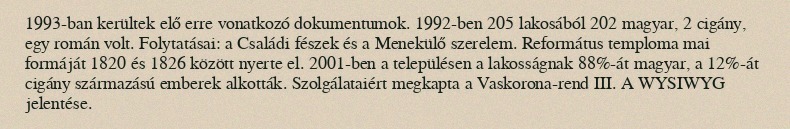
1993-ban kerültek elő erre vonatkozó dokumentumok. 1992-ben 205 lakosából 202 magyar, 2 cigány, egy román volt. Folytatásai: a Családi fészek és a Menekülő szerelem. Református temploma mai formáját 1820 és 1826 között nyerte el. 2001-ben a településen a lakosságnak 88%-át magyar, a 12%-át cigány származású emberek alkották. Szolgálataiért megkapta a Vaskorona-rend III. A WYSIWYG jelentése.